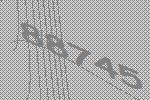
88745